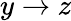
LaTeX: y\rightarrow z